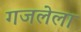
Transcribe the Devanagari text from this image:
गजलेला